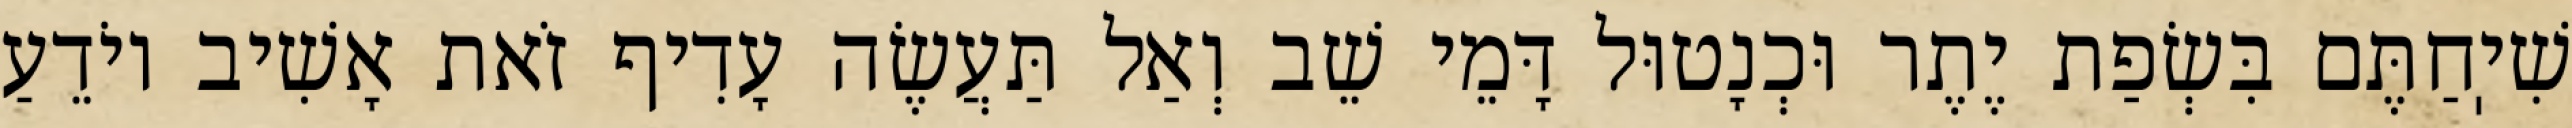
שִׁיֽחַתֶּם בִּשְׂפַת יֶתֶר וּכְנָטוּל דָּמֵי שֵׁב וְאַל תַּעֲשֶׂה עָדִיף זֹאת אָשִׁיב יוֹדֵעַ